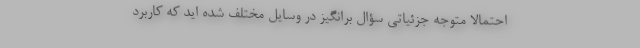
احتمالاً متوجه جزئیاتی سؤال برانگیز در وسایل مختلف شده اید که کاربرد